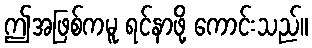
ဤအဖြစ်ကမူ ရင်နာဖို့ ကောင်းသည်။